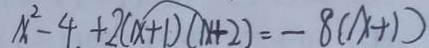
x ^ { 2 } - 4 + 2 ( x + 1 ) ( x + 2 ) = - 8 ( x + 1 )